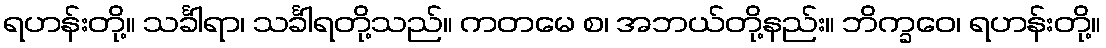
ရဟန်းတို့။ သင်္ခါရာ၊ သင်္ခါရတို့သည်။ ကတမေ စ၊ အဘယ်တို့နည်း။ ဘိက္ခဝေ၊ ရဟန်းတို့။